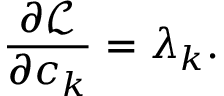
{ \frac { \partial { \mathcal { L } } } { \partial c _ { k } } } = \lambda _ { k } .